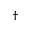
^ \dag